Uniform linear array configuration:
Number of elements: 24
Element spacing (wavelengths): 1
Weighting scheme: cosine
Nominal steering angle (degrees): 30
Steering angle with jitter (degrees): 30.247
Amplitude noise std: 0.05
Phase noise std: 0.05

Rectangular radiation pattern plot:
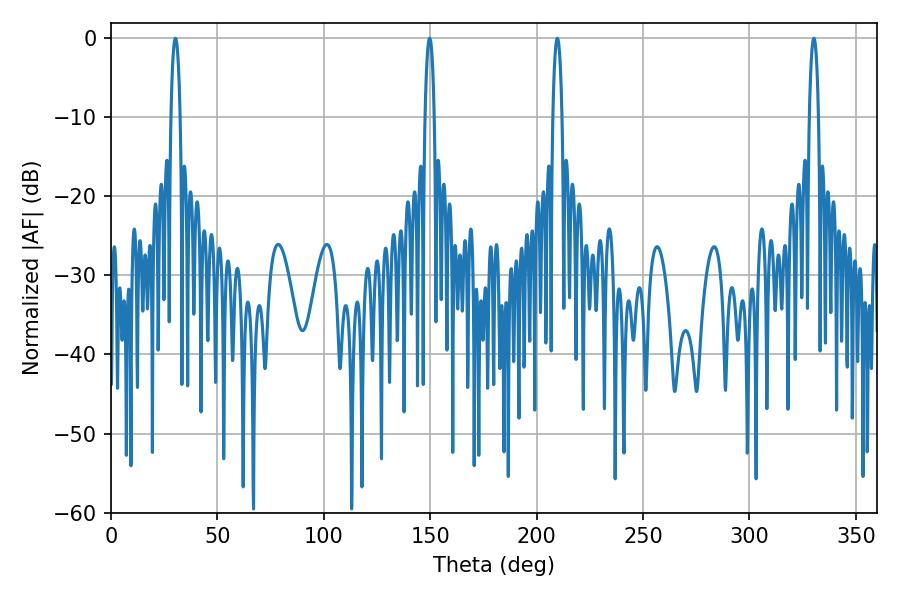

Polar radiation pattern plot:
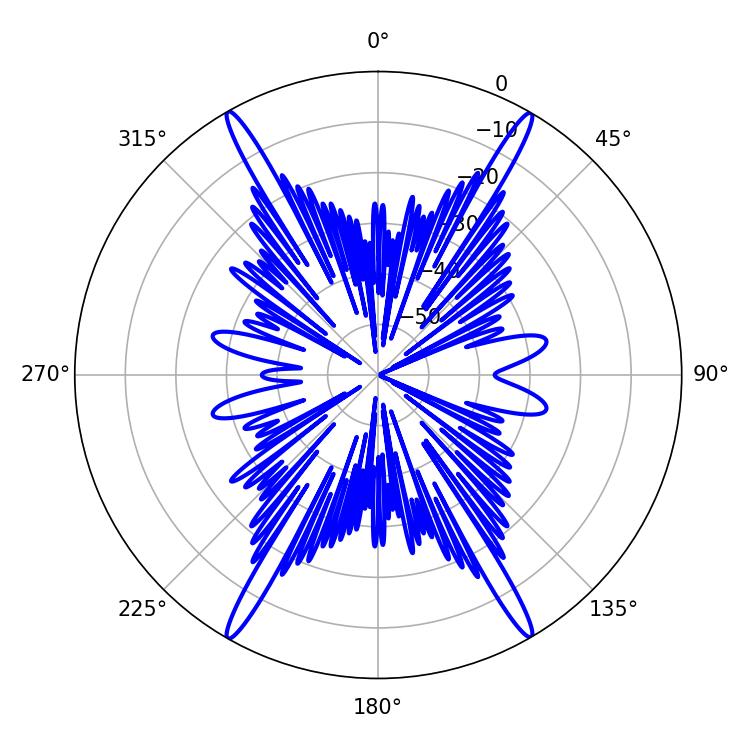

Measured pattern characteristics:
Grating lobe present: TRUE
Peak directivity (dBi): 32.606
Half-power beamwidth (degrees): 2.34
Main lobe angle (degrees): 209.7